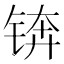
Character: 锛